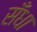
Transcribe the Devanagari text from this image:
सँधा